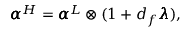
\pmb { \alpha } ^ { H } = \pmb { \alpha } ^ { L } \otimes ( 1 + d _ { f } \pmb { \lambda } ) ,